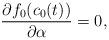
LaTeX: \begin{align*} {\partial f_0(c_0(t))\over \partial \alpha}=0, \end{align*}